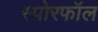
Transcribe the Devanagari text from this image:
स्पोरफॉल